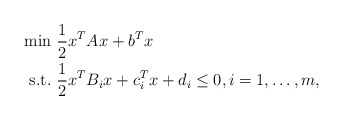
\begin{align*}\begin{aligned}\min&\ \frac{1}{2}x^TAx+b^Tx\\\mbox{s.t.}&\ \frac{1}{2}x^TB_ix+c_i^Tx+d_i\leq0,i=1,\dots,m,\end{aligned}\end{align*}